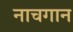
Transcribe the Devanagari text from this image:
नाचगान